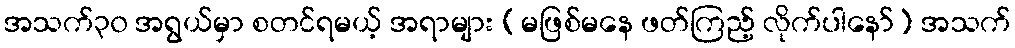
အသက်၃၀ အရွယ်မှာ စတင်ရမယ့် အရာများ (မဖြစ်မနေ ဖတ်ကြည့် လိုက်ပါနော်) အသက်